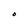
Character: O